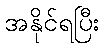
အနိုင်ရပြီး